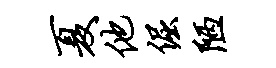
夏他倔陋